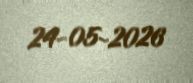
24-05-2026